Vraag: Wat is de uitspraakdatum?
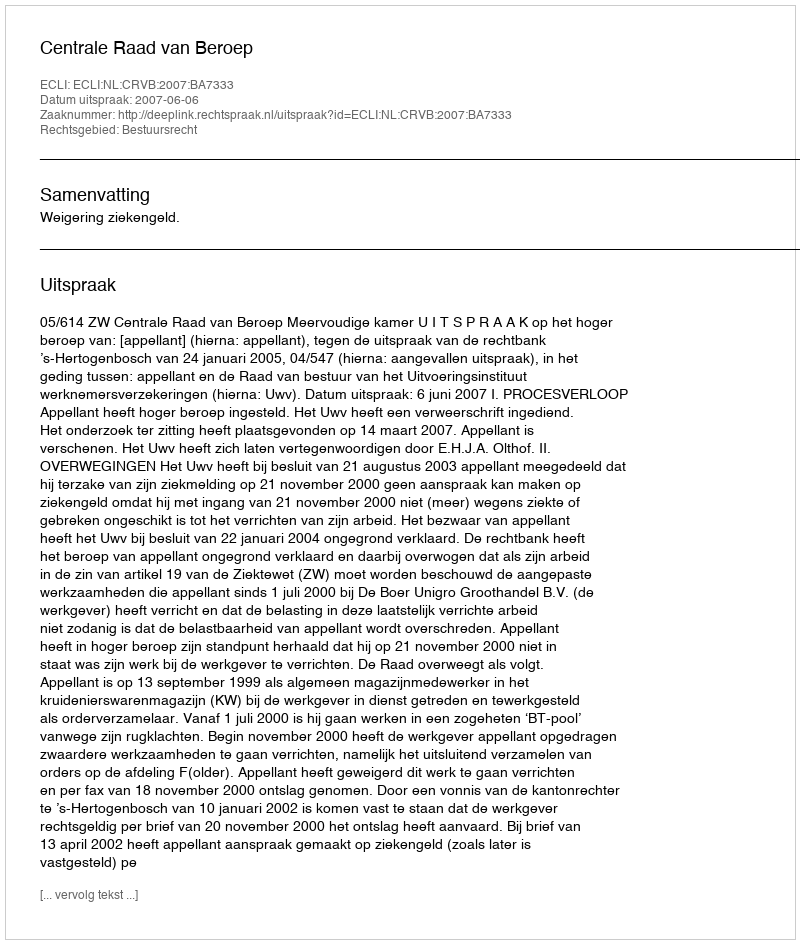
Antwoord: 2007-06-06